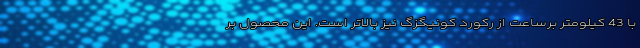
با 43 کیلومتر برساعت از رکورد کونیگزگ نیز بالاتر است. این محصول بر